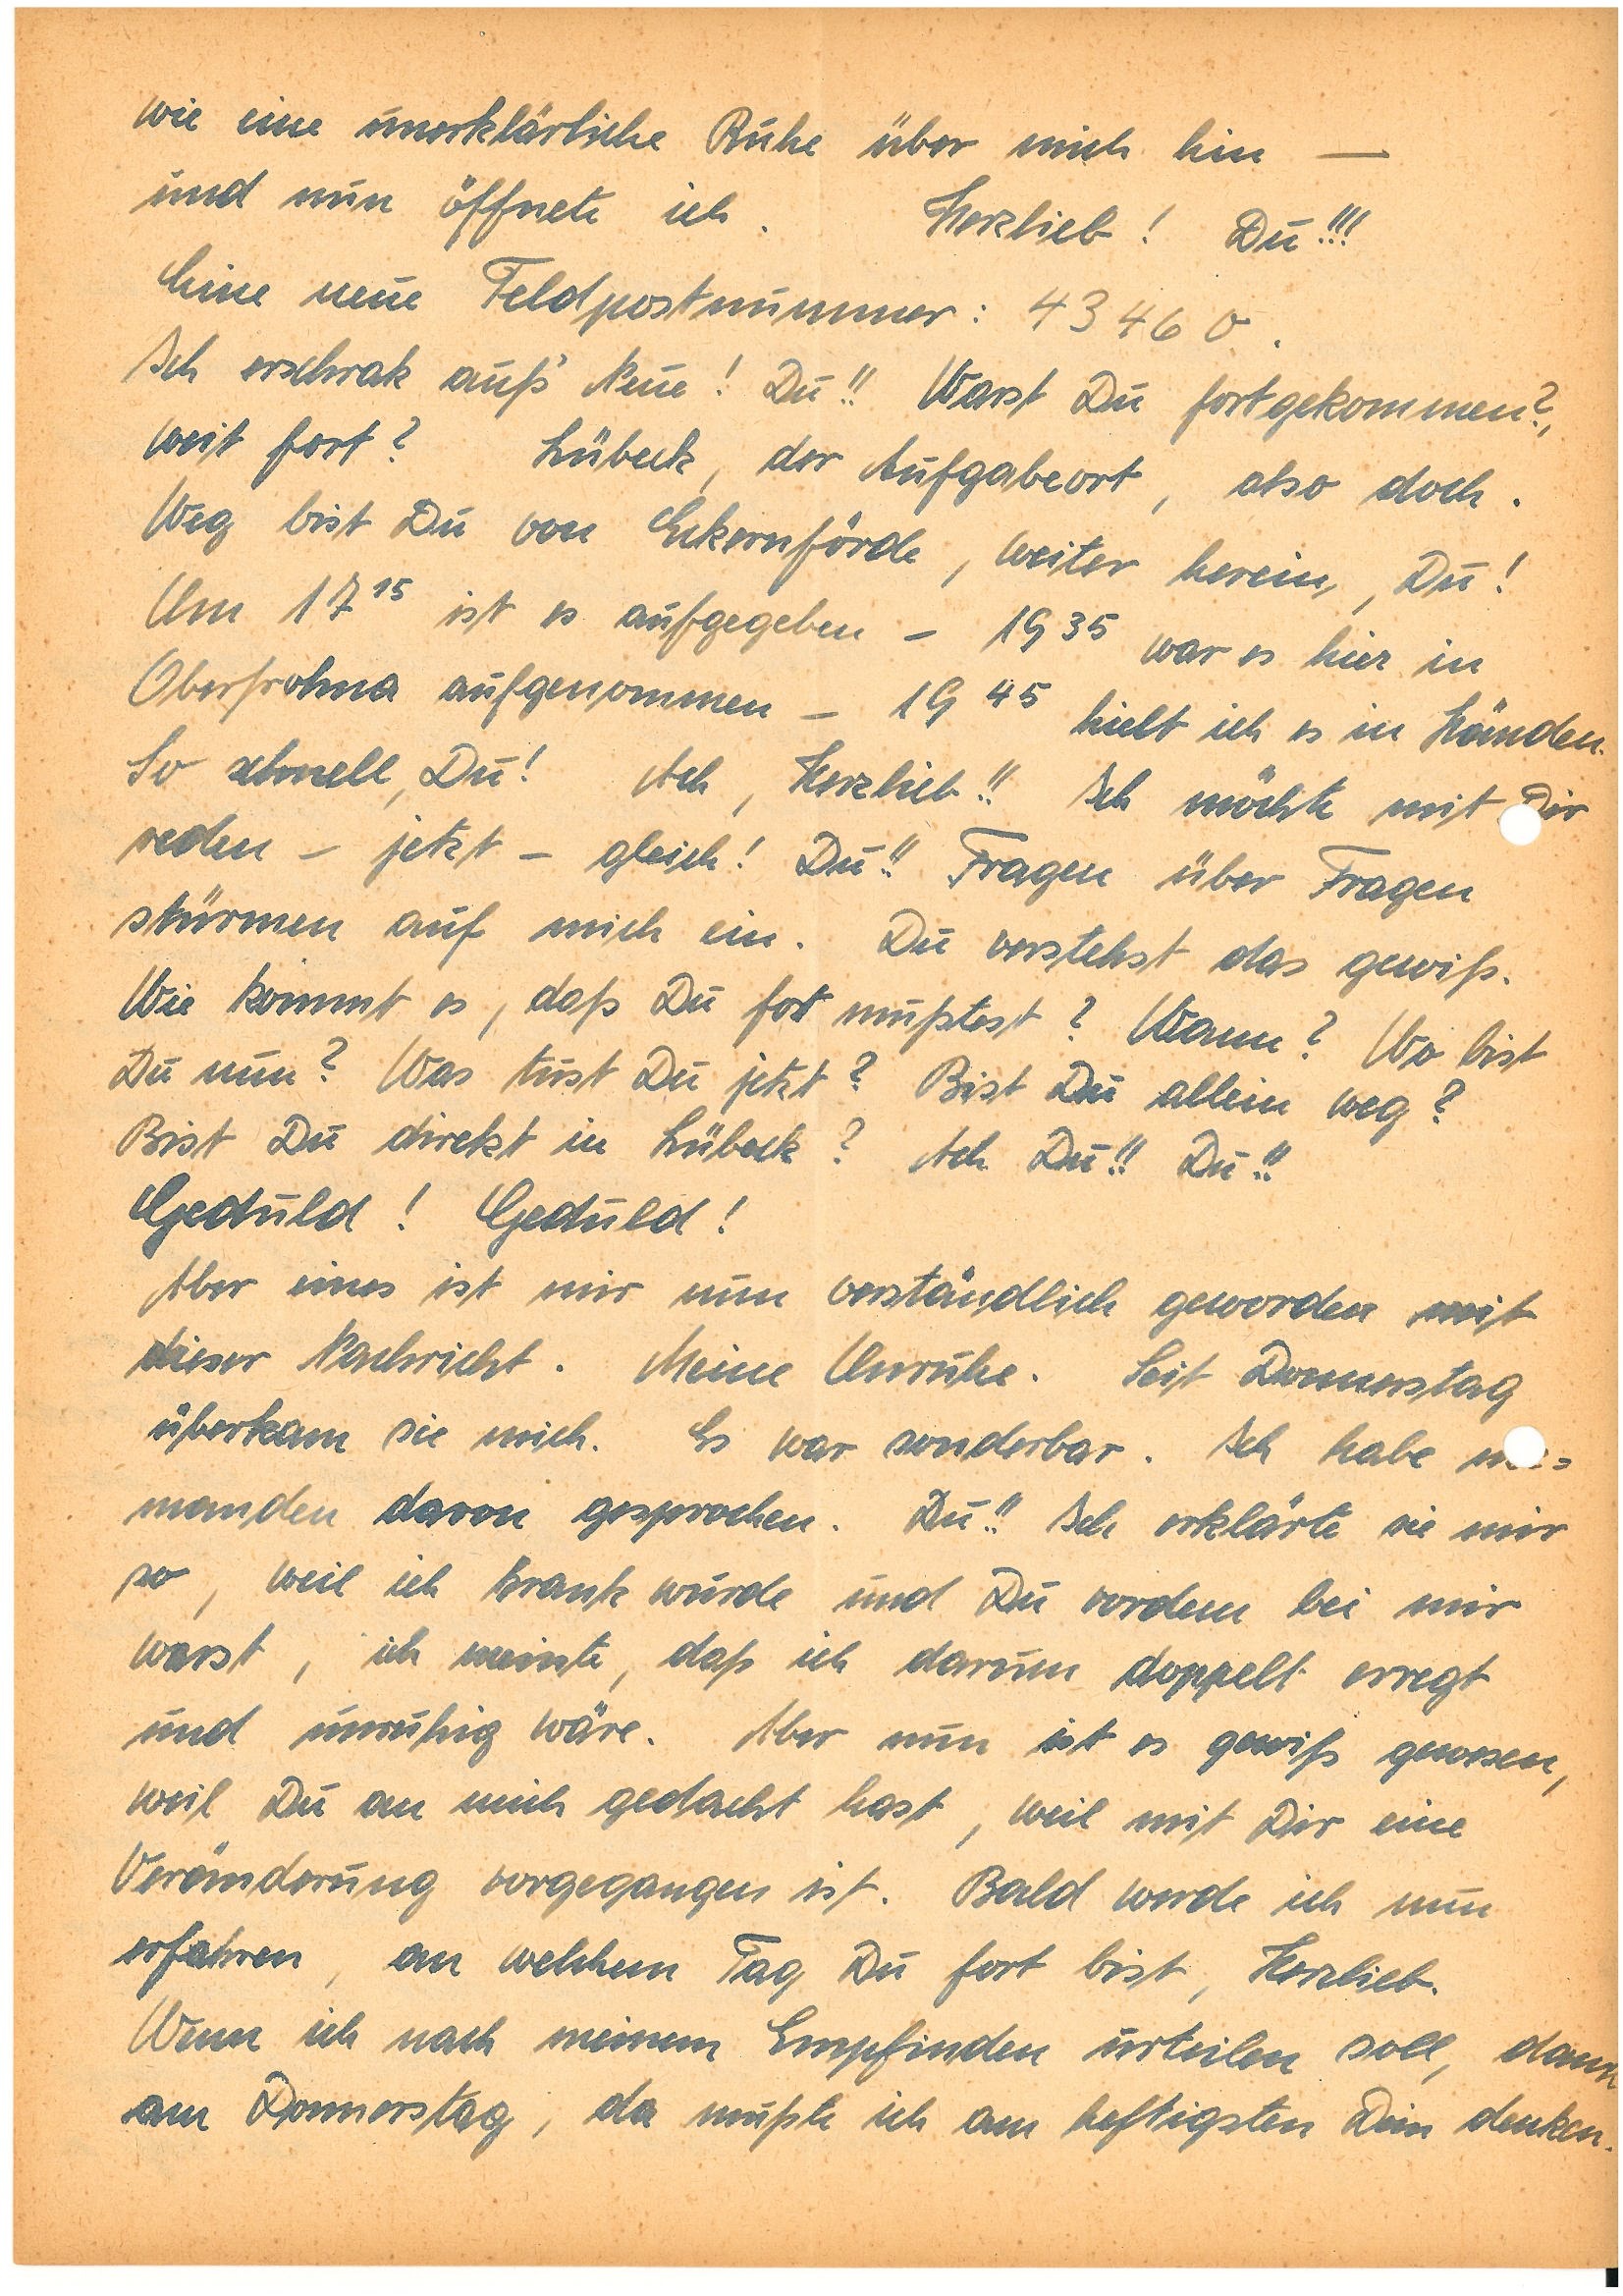
wie eine unerklärliche Ruhe über mich hin –
und nun öffnete ich. Herzlieb! Du!!!
Eine neue Feldpostnummer: 43460.
Ich erschrak aufs‘ Neue! Du!! Warst du fortgekommen?,
weit fort? Lübeck, der Aufgabeort, also doch.
Weg bist Du von Eckernförde, weiter herein, Du!
Um 1715 ist es aufgegeben – 1935 war es hier in
O. aufgenommen – 1945 hielt ich es in Händen.
So schnell, Du! Ach, Herzlieb!! Ich möchte mit Dir
reden – jetzt – gleich! Du!! Fragen
über Fragen stürmen auf mich ein. Du verstehst das gewiß.
Wie kommt es, daß Du fort mußtest? Warum? Wo bist
Du nun? Was tust du jetzt? Bist du allein weg?
Bist Du direkt in Lübeck? Ach Du!! Du!!
Geduld! Geduld!
Aber eines ist mir nun verständlich geworden mit
dieser Nachricht. Meine Unruhe. Seit Donnerstag
überkam sie mich. Es war sonderbar. Ich habe n¬
manden davon gesprochen. Du!! Ich erklärte sie mir
so, weil ich krank wurde und Du vordem bei mir
warst, ich meinte, daß ich darum doppelt erregt
und unruhig wäre. Aber nun ist es gewiß gewesen,
weil Du an mich gedacht hast, weil mit Dir eine
Veränderung vorgegangen ist. Bald werde ich nun
erfahren, an welchem Tag Du fort bist, Herzlieb.
Wenn ich nach meinem Empfinden urteilen soll, dann
am Donnerstag, da mußte ich am heftigsten Dein denken.